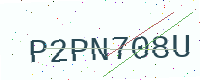
Text: P2PN708U